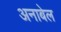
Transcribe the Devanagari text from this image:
अनाबेल